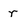
Character: r